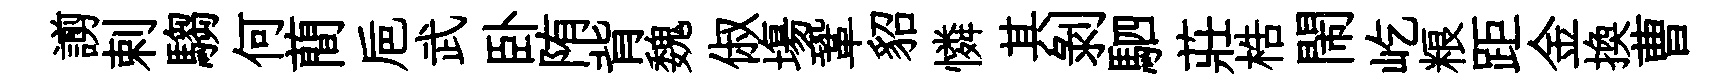
謭剌騶何蕳巵武卧陏背魏俶塲鞏貂憐其剝駟莊梏閙屹粮距金換曹